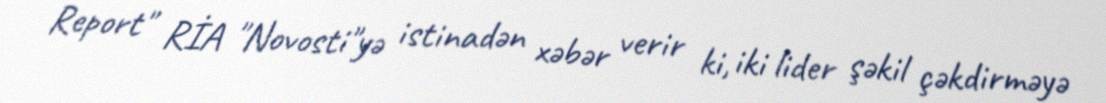
Report" RİA "Novosti"yə istinadən xəbər verir ki, iki lider şəkil çəkdirməyə